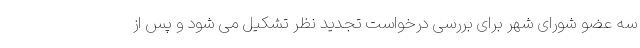
سه عضو شورای شهر برای بررسی درخواست تجدید نظر تشکیل می شود و پس از